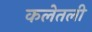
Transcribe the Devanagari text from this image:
कलेतली